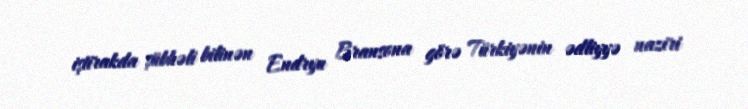
iştirakda şübhəli bilinən Endryu Bransona görə Türkiyənin ədliyyə naziri